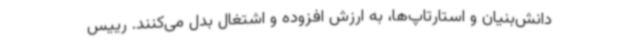
دانش‌بنیان و استارتاپ‌ها، به ارزش افزوده و اشتغال بدل می‌کنند. رییس